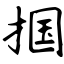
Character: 掴